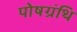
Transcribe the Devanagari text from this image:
पोषग्रंथि